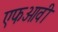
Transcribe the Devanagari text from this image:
एफओवी